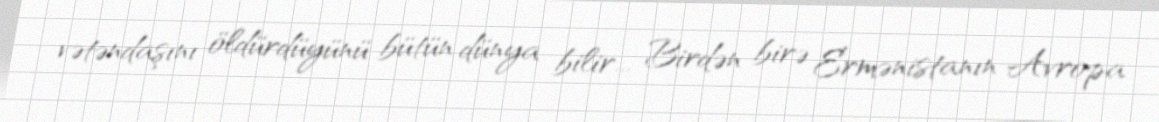
vətəndaşını öldürdüyünü bütün dünya bilir... Birdən birə Ermənistanın Avropa